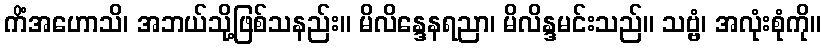
ကိံအဟောသိ၊ အဘယ်သို့ဖြစ်သနည်း။ မိလိန္ဒေနရညာ၊ မိလိန္ဒမင်းသည်။ သဗ္ဗံ၊ အလုံးစုံကို။